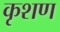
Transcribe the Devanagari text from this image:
कृशण